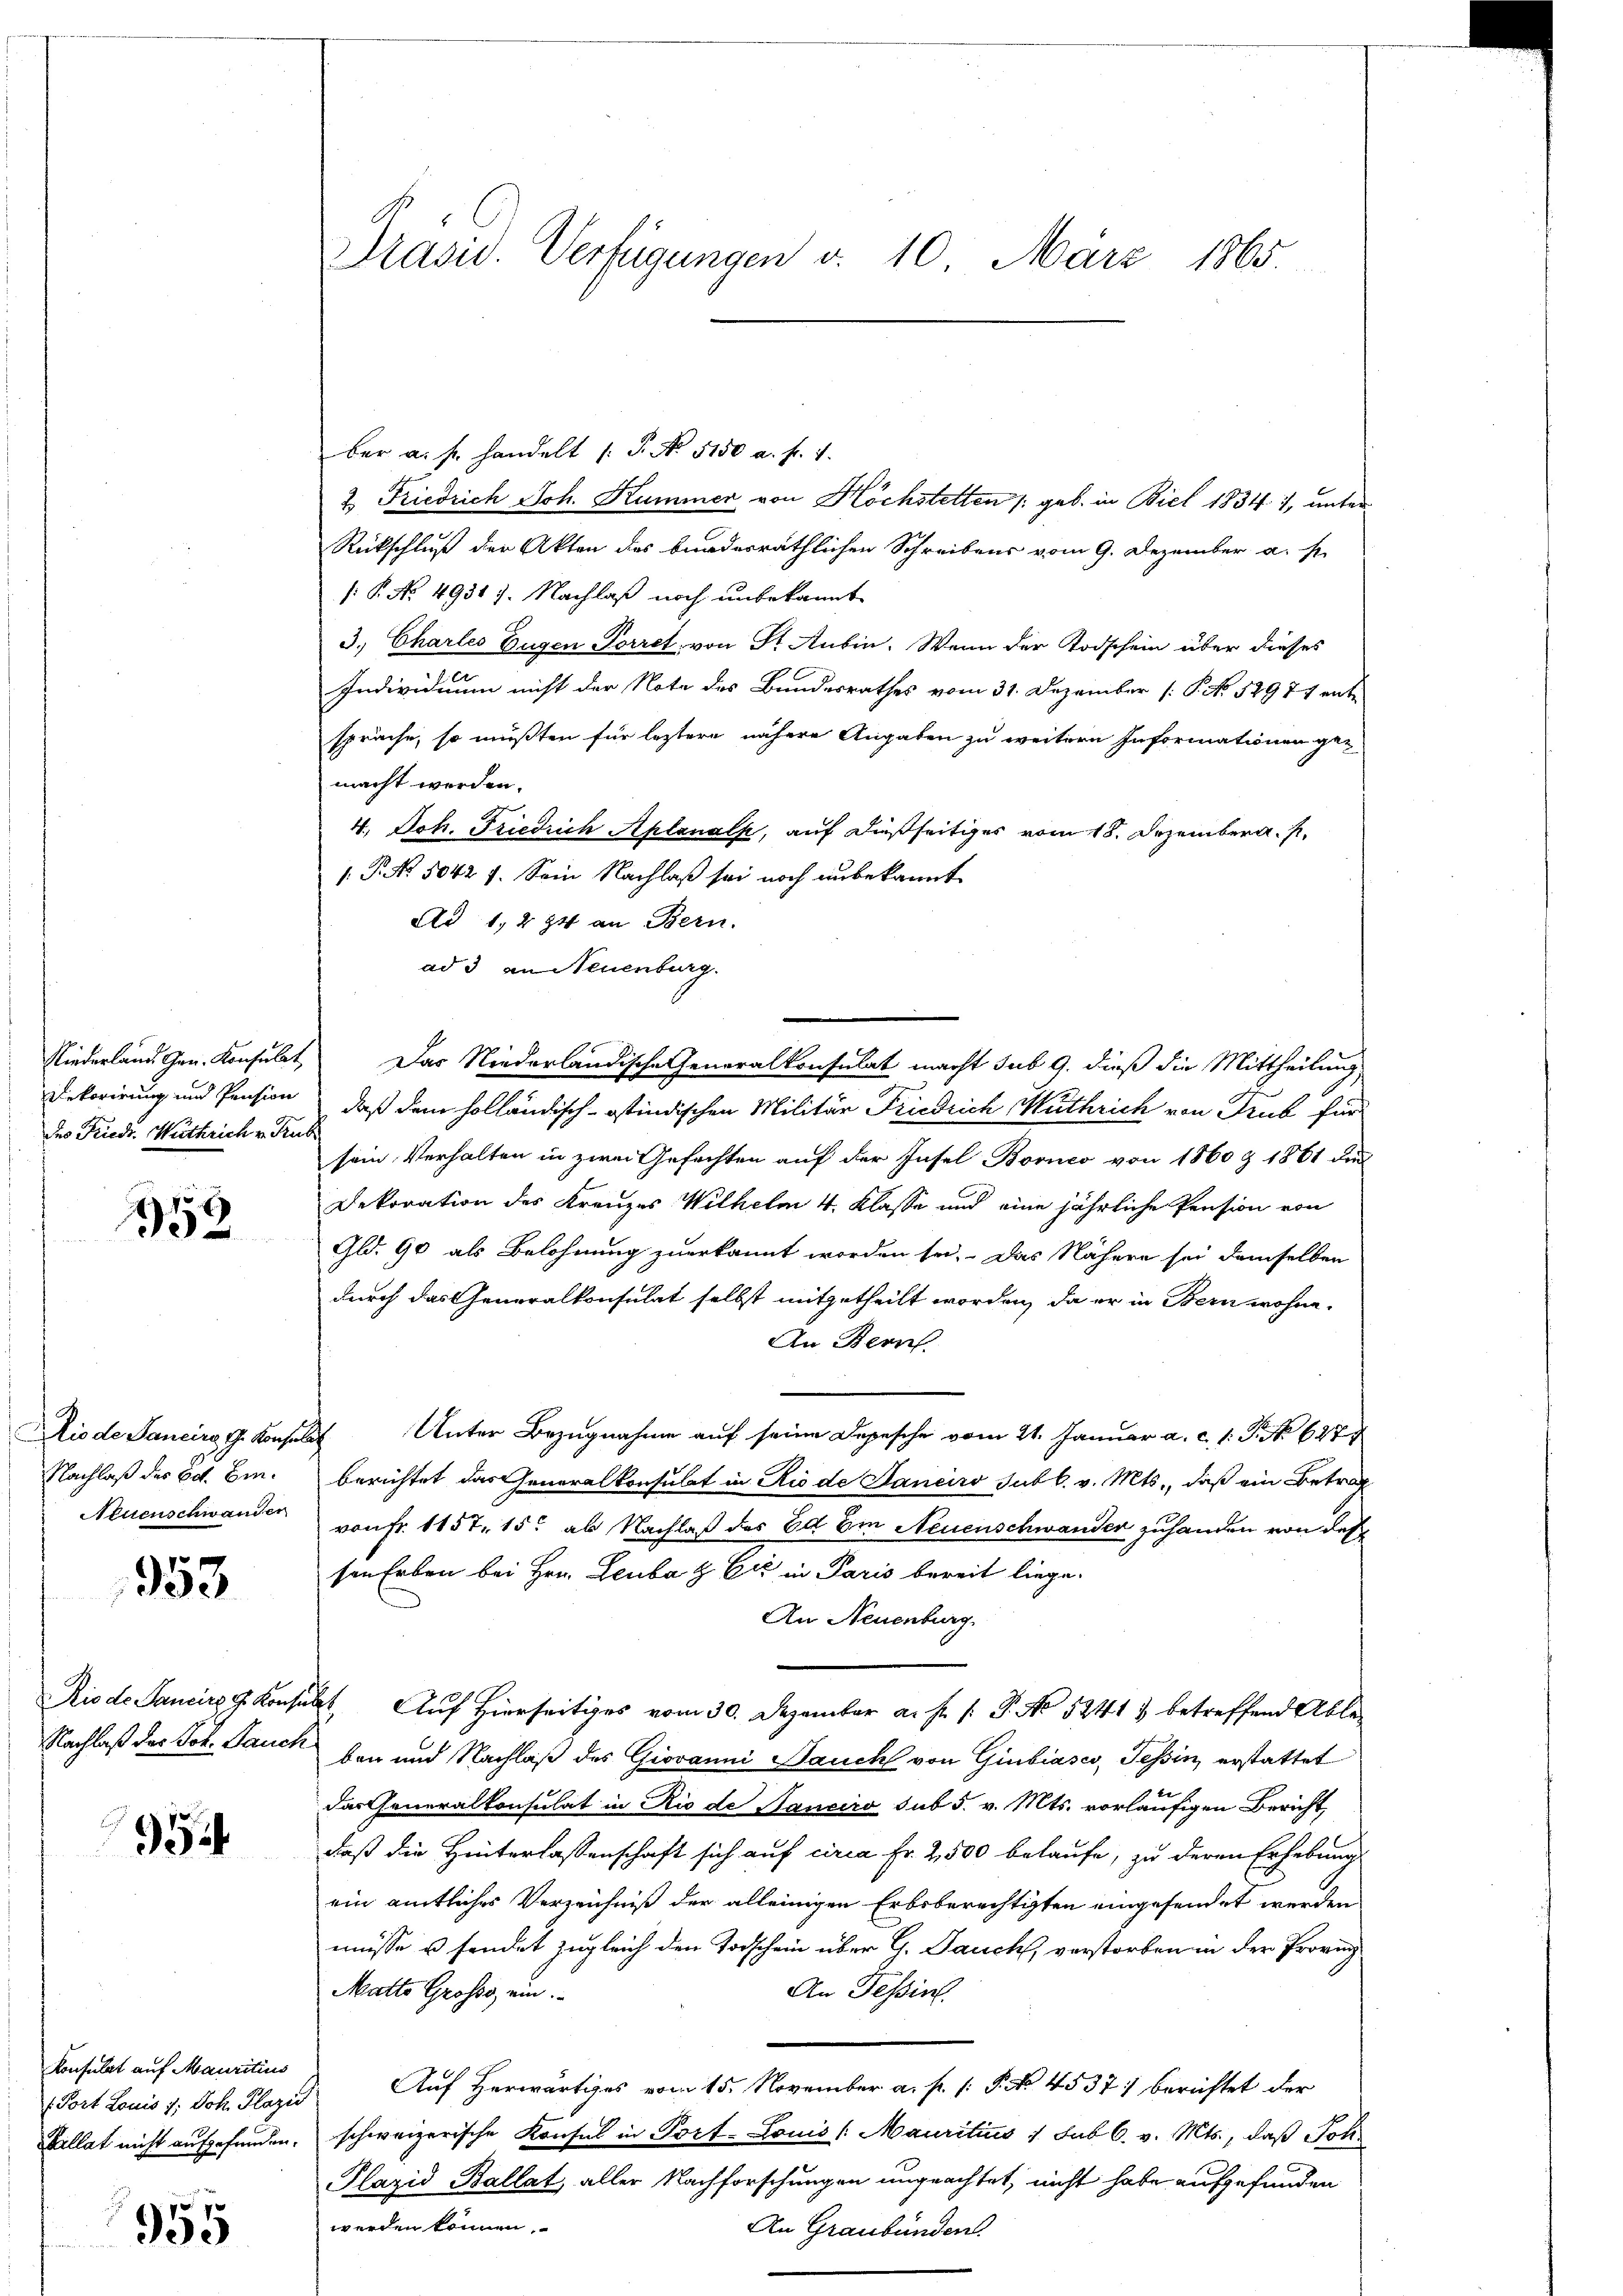
Rekorirung und Pension
des Friedr. Wuthrich v. Kubi

358

Nachlaß der Bot. Ein¬
Atuenschwander

353

Rio de Sancirs J. Konse
Nachlaß des Joh. Baues

954

Konsulat auf Mauritius
(. Port Louis d: Joh. Plazić

955

Prasis. Verfügungen v. 10. März 1865.

ber a. f. handelt /: P. No 5150 a. f. 1.
2. Friedrich Joh. Kummer von Höchstetten /: geb. in Biel 1834. 7, unter
Rückschluß der Akten des bundesräthlichen Schreibens vom 9. Dezember a. s.
/: P. No. 49317. Nachlaß noch unbekannt
3. Charles Eugen Torret, von Sr. Aubin. Wenn der Todschein über dieses
Individuum nicht der Note des Bundesrathes vom 31. Dezember (: P. No. 52977 ent
spräche, so müßten für leztere nähere Angaben zu weitern Informationen ge-
macht werden.
4.) Joh. Friedrich Aplanalk, auf dießseitiges vom 18. Dezember a. p.
1: P. No. 5042 f. Sein Nachlaß sei noch unbekannt
Ad 1, 294 an Bern.
ad 3 an Neuenburg.
Niederland. Gen. Konsulat, Das Niederländische Generalkonsulat macht sub 9. dieß die Mittheilung
daß dem holländisch-östindischen Militär Friedrich Muthrich von Trub für
sein Verhalten in zwei Gefechten auf der Insel Bornco von 1860 Z 1861 die
Dekoration des Kreuzes Wilhelm 4. Klasse und eine jährliche Pension von
Gld. 90 als Belohnung zuerkannt worden sei. Das Nähere sei demselben
durch das Generalkonsulat selbst mitgetheilt worden, da er in Bern wohne
An Bern
Dis de Sancira G. Konsuls Unter Bezugnahme auf seine Depesche vom 21. Januar a. c. 1 S. 627
berichtet das Generalkonsulat in Rio de Janeiro subl. v. Mts., daß ein Betrag
von Fr. 1157, 15. ab Nachlaß des Ed Im Neuenschwander zuhanden von des
sen Erben bei Hrn. Leuba & Cie in Paris bereit liege.
An Neuenburg
lebt Auf Hierseitiges vom 30. Dezember a. f. 1: P. No 52413 betreffend Ableben und Nachlaß des Giovanni Dauch von Giubiasco, Tessin, erstattet
das Generalkonsulat in Rio de Saneiro sub 5. v. Mts. vorläufigen Bericht,
daß die Hinterlassenschaft sich auf circa Fr. 2500 belaufe, zu deren Erhebung
ein amtliches Verzeichniß der alleinigen Erbsberechtigten eingesendet werden
müsse u sendet zugleich den Todschein über G. Jauch, verstorben in der Provinz
An Tessin.
Matte Grosse ein
.Auf Herwärtiges vom 15. November a. p. [: P. No. 4537) berichtet der
Kallat nicht aufgefunden, schweizerische Konsul in Porf- Louis (Mauritius 1 sub 6. v. Mts., daß Joh
Plazid Ballat, aller Nachforschungen ungeachtet, nicht habe aufgefunden
werden können,
An Graubünden.